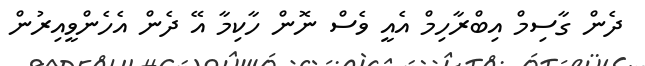
ދެން ގާސިމް އިބްރާހިމް އެއީ ވެސް ނޮން ހާކިމާ އޭ ދެން އެހެންވީއިރުން